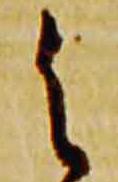
之